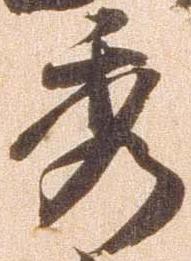
秀